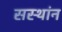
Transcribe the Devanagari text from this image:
सस्थांन